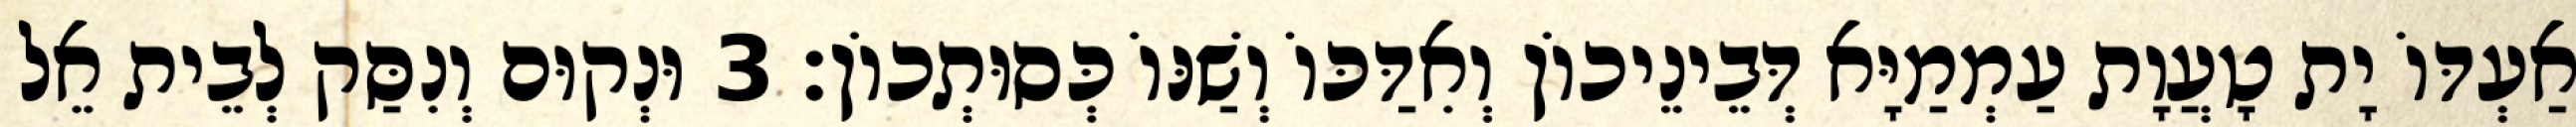
אַעְדּוֹ יָת טָעֲוָת עַמְמַיָּא דְּבֵינֵיכוֹן וְאִדַּכּוֹ וְשַׁנּוֹ כְּסוּתְכוֹן׃ 3 וּנְקוּם וְנִסַּק לְבֵית אֵל